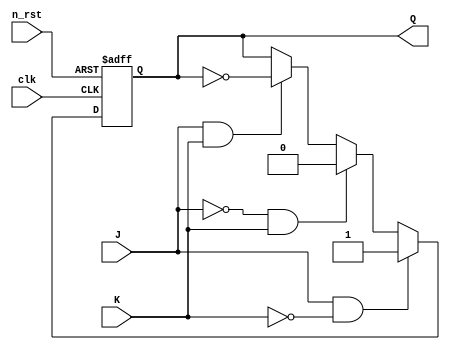
module JK(
  input wire clk,
  input wire n_rst,
  input wire J,
  input wire K,
  output reg Q
);

  always @(posedge clk or negedge n_rst) begin
    if (!n_rst)
      Q <= 1'b0; //   Q 0 .
    else begin
      if (J && ~K)
        Q <= 1'b1; // J 1 K 0  Q 1 .
      else if (~J && K)
        Q <= 1'b0; // J 0 K 1  Q 0 .
      else if (J && K)
        Q <= ~Q; // J K  1  Q .
    end
  end
  
endmodule